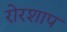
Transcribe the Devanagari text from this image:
रोरशाप